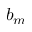
b _ { m }